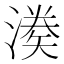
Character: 𭲌